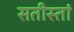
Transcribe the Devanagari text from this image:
सतीस्तां